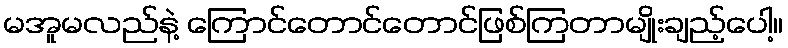
မအူမလည်နဲ့ ကြောင်တောင်တောင်ဖြစ်ကြတာမျိုးချည့်ပေါ့။